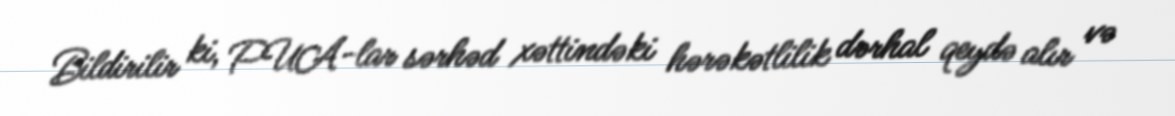
Bildirilir ki, PUA-lar sərhəd xəttindəki hərəkətlilik dərhal qeydə alır və